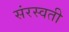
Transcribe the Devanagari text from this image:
संरस्वती